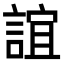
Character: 誼